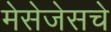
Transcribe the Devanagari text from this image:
मेसेजेसचे